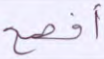
أفصح